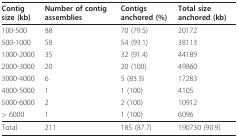
<table><thead><tr><td><b>Contig size (kb)</b></td><td><b>Number of contig assemblies</b></td><td><b>Contigs anchored (%)</b></td><td><b>Total size anchored (kb)</b></td></tr></thead><tbody><tr><td>100-500</td><td>88</td><td>70 (79.5)</td><td>20172</td></tr><tr><td>500-1000</td><td>58</td><td>54 (93.1)</td><td>38113</td></tr><tr><td>1000-2000</td><td>35</td><td>32 (91.4)</td><td>44189</td></tr><tr><td>2000-3000</td><td>20</td><td>20 (100)</td><td>49860</td></tr><tr><td>3000-4000</td><td>6</td><td>5 (83.3)</td><td>17283</td></tr><tr><td>4000-5000</td><td>1</td><td>1 (100)</td><td>4105</td></tr><tr><td>5000-6000</td><td>2</td><td>2 (100)</td><td>10912</td></tr><tr><td>&gt; 6000</td><td>1</td><td>1 (100)</td><td>6096</td></tr><tr><td>Total</td><td>211</td><td>185 (87.7)</td><td>190730 (90.9)</td></tr></tbody></table>